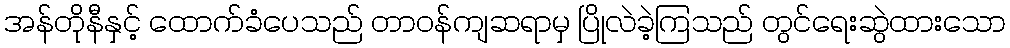
အန်တိုနီနှင့် ထောက်ခံပေသည် တာဝန်ကျဆရာမှ ပြိုလဲခဲ့ကြသည် တွင်ရေးဆွဲထားသော